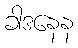
ခါဒနေန